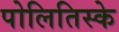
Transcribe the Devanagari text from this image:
पोलितिस्के